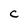
Character: c